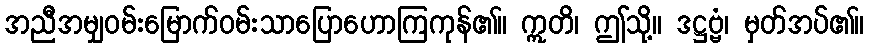
အညီအမျှဝမ်းမြောက်ဝမ်းသာပြောဟောကြကုန်၏။ ဣတိ၊ ဤသို့။ ဒဋ္ဌဗ္ဗံ၊ မှတ်အပ်၏။